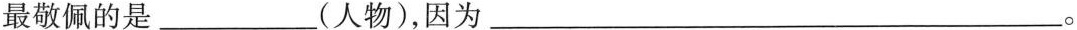
最敬佩的是___(人物)，因为______。